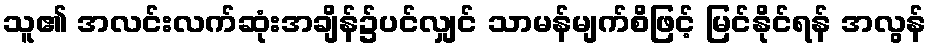
သူ၏ အလင်းလက်ဆုံးအချိန်၌ပင်လျှင် သာမန်မျက်စိဖြင့် မြင်နိုင်ရန် အလွန်